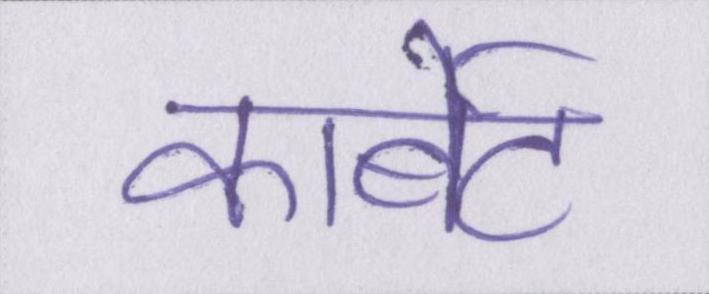
कार्बेट